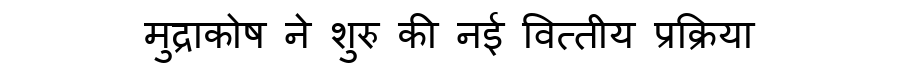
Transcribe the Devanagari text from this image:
मुद्राकोष ने शुरु की नई वित्तीय प्रक्रिया